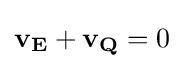
\mathbf {v_{E}} +\mathbf {v_{Q}} =0